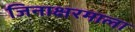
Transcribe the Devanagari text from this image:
जिनाक्षरमाला